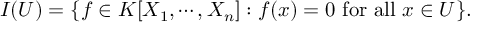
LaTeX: I ( U ) = \{ f \in K [ X _ { 1 } , \cdots , X _ { n } ] : f ( x ) = 0 { \mathrm { ~ f o r ~ a l l ~ } } x \in U \} .